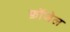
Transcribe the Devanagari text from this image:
फ़ॉजेल